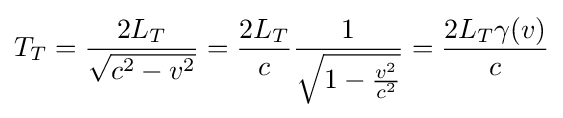
T_{T}={\frac {2L_{T}}{\sqrt {c^{2}-v^{2}}}}={\frac {2L_{T}}{c}}{\frac {1}{\sqrt {1-{\frac {v^{2}}{c^{2}}}}}}={\frac {2L_{T}\gamma (v)}{c}}